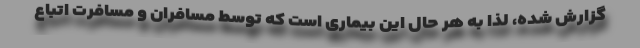
گزارش شده، لذا به هر حال این بیماری است که توسط مسافران و مسافرت اتباع